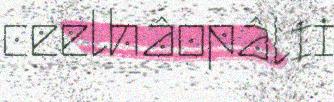
ceelhâopâlii